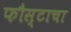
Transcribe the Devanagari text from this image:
फौस्टाचा